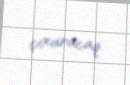
çıxaracaq.